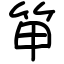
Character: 笚